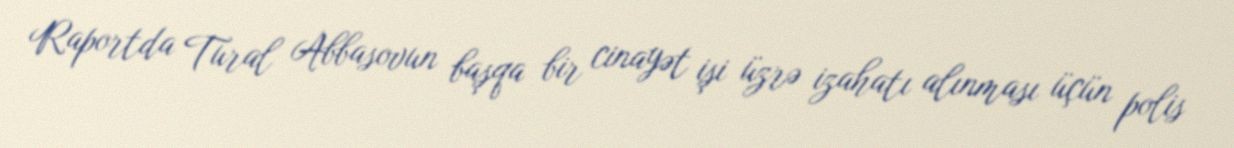
Raportda Tural Abbasovun başqa bir cinayət işi üzrə izahatı alınması üçün polis